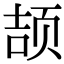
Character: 颉